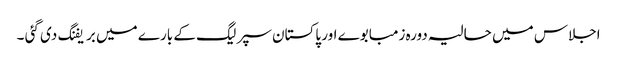
اجلاس میں حالیہ دورہ زمبابوے اور پاکستان سپر لیگ کے بارے میں بریفنگ دی گئی ۔